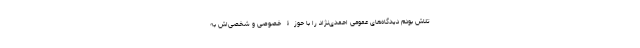
تلاش بودم دیدگاه‌های عمومی احمدی‌نژاد را با حوزۀ خصوصی و شخصی‌اش به